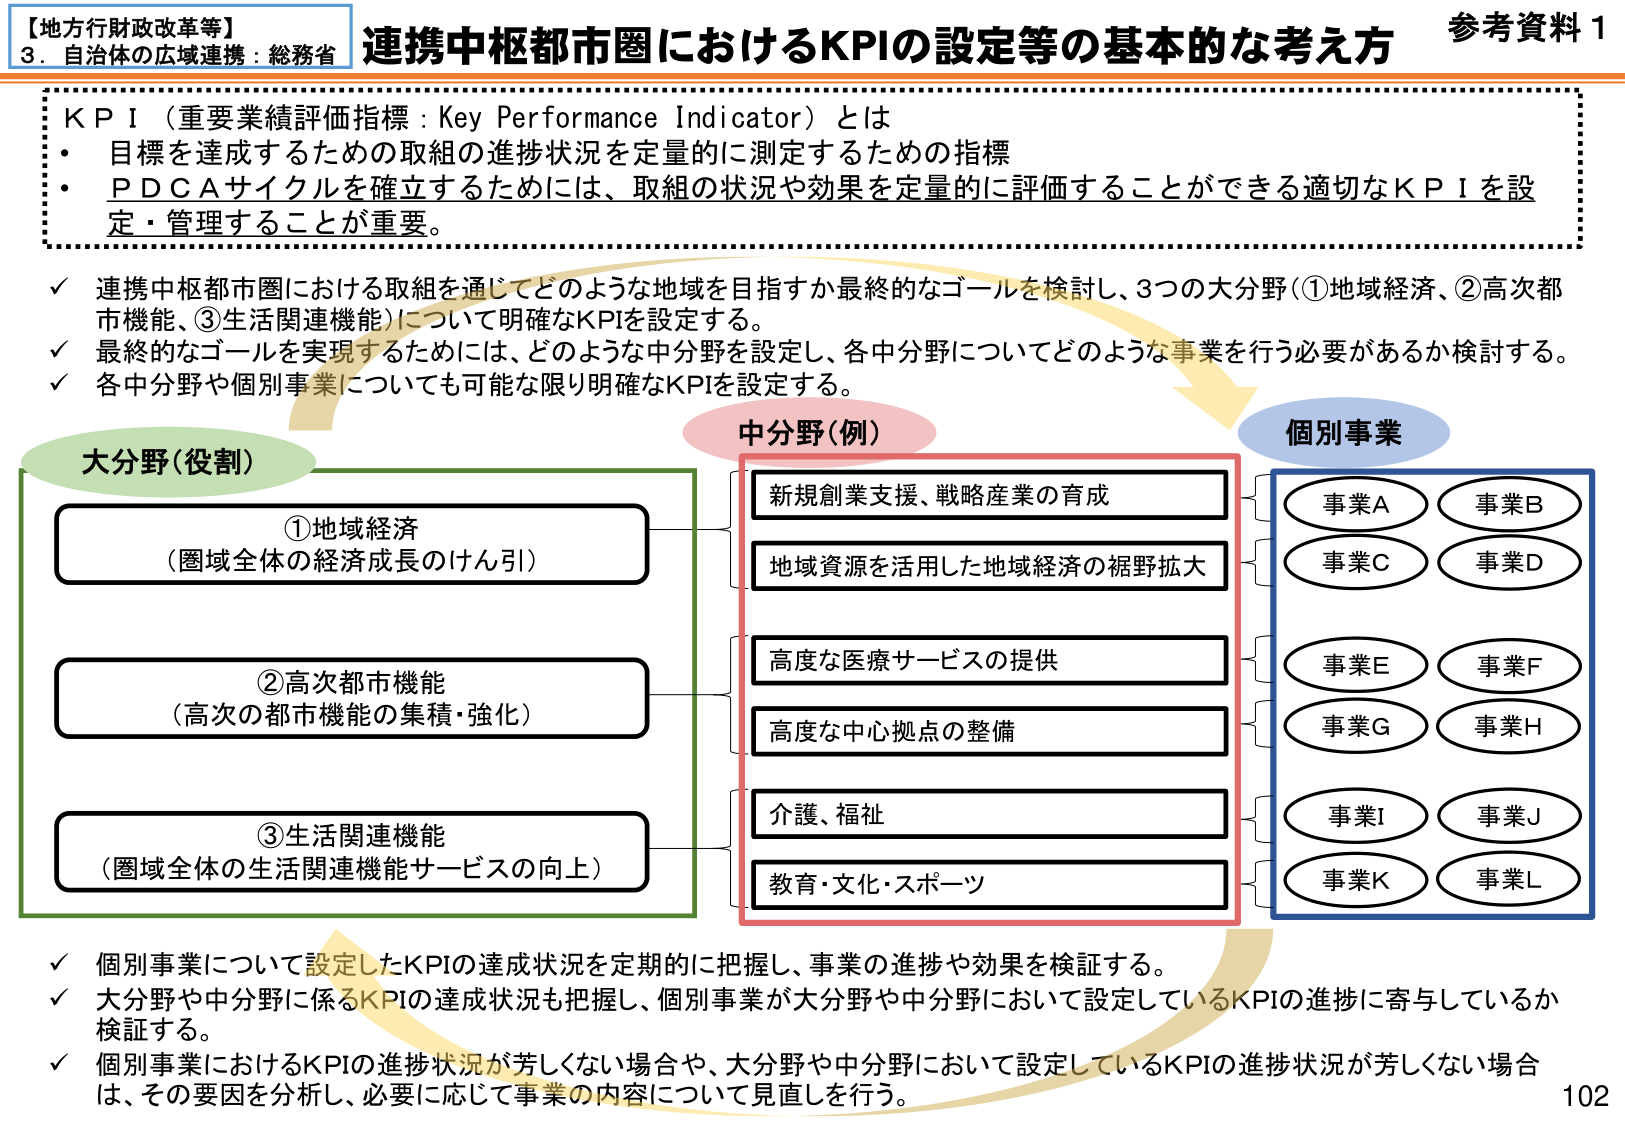
【地方行財政改革等】
3．自治体の広域連携：総務省
連携中枢都市圏におけるKPIの設定等の基本的な考え方
参考資料 1

ＫＰＩ（重要業績評価指標：Key Performance Indicator）とは
・目標を達成するための取組の進捗状況を定量的に測定するための指標
・ＰＤＣＡサイクルを確立するためには、取組の状況や効果を定量的に評価することができる適切なＫＰＩを設定・管理することが重要。

✓ 連携中枢都市圏における取組を通じてどのような地域を目指すか最終的なゴールを検討し、3つの大分野（①地域経済、②高次都市機能、③生活関連機能）について明確なKPIを設定する。
✓ 最終的なゴールを実現するためには、どのような中分野を設定し、各中分野についてどのような事業を行う必要があるか検討する。
✓ 各中分野や個別事業についても可能な限り明確なKPIを設定する。

大分野（役割）
①地域経済
（圏域全体の経済成長のけん引）
②高次都市機能
（高次の都市機能の集積・強化）
③生活関連機能
（圏域全体の生活関連機能サービスの向上）

中分野（例）
新規創業支援、戦略産業の育成
地域資源を活用した地域経済の裾野拡大
高度な医療サービスの提供
高度な中心拠点の整備
介護、福祉
教育・文化・スポーツ

個別事業
事業A
事業B
事業C
事業D
事業E
事業F
事業G
事業H
事業I
事業J
事業K
事業L

✓ 個別事業について設定したKPIの達成状況を定期的に把握し、事業の進捗や効果を検証する。
✓ 大分野や中分野に係るKPIの達成状況も把握し、個別事業が大分野や中分野において設定しているKPIの進捗に寄与しているか検証する。
✓ 個別事業におけるKPIの進捗状況が芳しくない場合や、大分野や中分野において設定しているKPIの進捗状況が芳しくない場合は、その要因を分析し、必要に応じて事業の内容について見直しを行う。

102